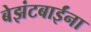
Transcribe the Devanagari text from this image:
बेझंटबाईंना